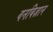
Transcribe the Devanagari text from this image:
वनबिज्ञान